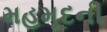
મહમૂદની